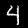
Digit: 4